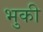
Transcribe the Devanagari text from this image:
भुकी